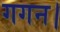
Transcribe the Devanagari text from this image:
गगन।